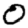
Digit: 0